Lunatic asylums Punjab 1881-1894 - 1881-1894
Year: 1881
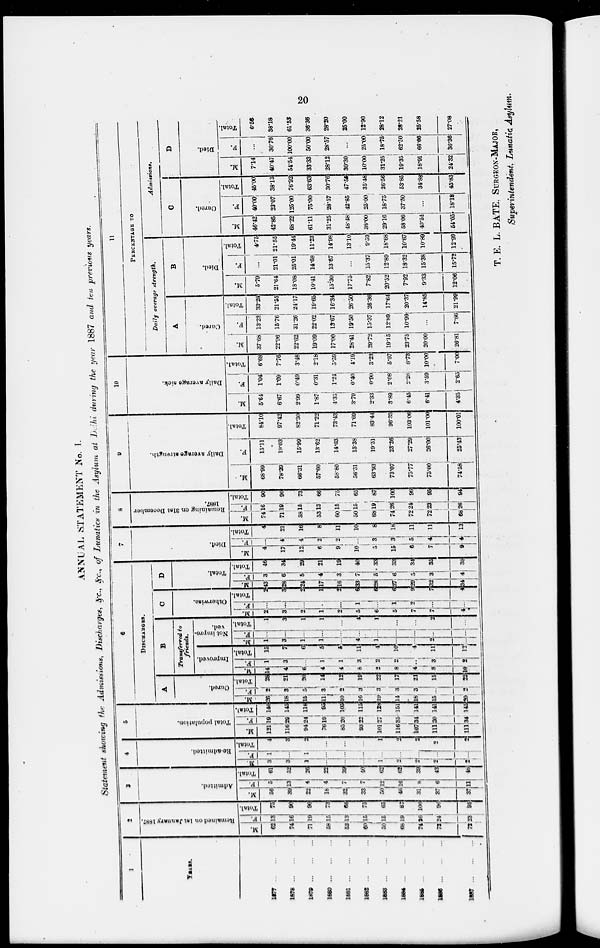
ANNUAL STATEMENT No. I.
Statement showing the Admissions, Discharge*, ^*c, jv;., of Lunatics in the Asylum at Delhi during the year 1887 and ten previous years.
1
;
3
4
5
6
7
8
9
10
11
~
00
at
t*;
£ a
■
c
E
"S
c
2
*0
a
<
S
as
2
O
K
c
•a
C
E-i
DIBCHA2GBS.
c
5
a
£
c
o
o
p
i
^>
1
*'
©
*•> - 00
SOD
ita
o
■
o
<c
o
d
>-.
"5
P
M
V
"ee
e
bC
ei
u
e
>
d
'2
P
PKIICKXTJLGE TO
A
B
C
D
P«i7y average strength.
Admitsioiui.
5 u
5
Transferred to
friends.
cc
s
«a
"2
C
A
B
C
D
5
o
c
E
H
6
si
"3
o
P
•8
o
D
i^2
O
P
62
*2
fa g
13 75 56
"2
- f.
5 61
m fa f^i
|
3 1
4 12
fa| H at
26
cE
H
! CH
f
2 28 1
1*
? fa £ s
4 1 15-
;_fei g s
L...
i j
[ 1
fa g IS
*2
•g
* fa EH
3 3 46
4
1* i
fa] EH
S fa
4 7416
H
c
EH
80
S
&-"
ei
C
EH
s fa
i
«a
fa"
*2
o
S
fa
"2
o
g
fa
O
EH
^
fa
"2.
o
L19 140
J...
2 4,
68'98
15-11
84-10
5*64 :
:
1*04
6*68
!
j
37*64= 13-23 33-283 5'79
]
...
4*75 46*42 40*00 45*00 7*14 ... I
6*55
1878
7 \
16 90 391 3 52
n, 5 29 145 18 J J 21 4 3 7 ' * — 3 3
1
...
3 28 6 34 17 4 21
i
7U9| 90
; 1
78-39
19-03
97-42
6'67
lW 7*76 22*96 15*7C : 21*55 21*64 21*01 21*55 42*85 23*07 38*13 40*47 30*76 38*18
1879
1
19 90 22' 4 26 1 I
2
<
j
94 24 118
:
in . 3 20 fL.. 6 1 ■
1 2
2 24 5 29 12 4 16 5815 73
1 •
66-31
15*99)
82-30
i
2*99
0-49
3*48 22-62 31*26 ! 24-17 18*08 25*01 1944 68*22 125*00 76*92 54*54 100-00 61*5S
1880
58 L5 73
1
lb
J
1 22
;
i
7619 95
;
j
1
111 3 14
1 i
t" 1
5 1
■
—|
1 1
!
117! 4' 21
i
6 2
8
i j
5313 66
i
57*60
13-62
71-22
1*87
1
0*31
2-18 19-09 22'02 19-65 10*41 14*68 11*23 61*11 75*00 63-63 33*33 50*00 36*36
1881
531 11 66 33 * 39 •
852U 105
; :
!
10 2 12 1
:
j
'
" 1. . . . . . ,
1
2 lfc 3 id 9 2i 11 6015 75
I
58-60
1
14-63
73-43
4-35
1*24
5'59 17*00 13*67 16-34 15*30 13*67 14*98 31*25 28*57 30-76 28*12 28*57 28*20
1882
«o!i .5 75 33 ' " 40
9322 115 16 J 19 I » 3 11 4 1 !
!•-
4 5 1
6 33 7 40 10 ... 10
1
5015 65
56-31
15-38
71-69
3*79 0-40
4*19 28*41 19*50 26*50 17*75
13*10 48-4« 42*85 47-ofi 30*30
25*00
1883
/
50.1 5 65 50*11 1
>• 62 1
1
-,
i
10127 126
i ;
' 1
19 3 225 1 2
4 1
!
-
1 6 ...1
6 28
i
5!. 33
|
5 1 3
8 6819j 87
!
63*93
19-51
83-44
2*33
0'90
!
3-23 29*72 15*37 26*36
7*82 15*37
9*59 3S*00
1
25-00; 35-48
i
10-00 25-00 12*90
1684
1
66 1 9 67 46116 62 !
2
;
11635 151 14 3 17 6
1
I 2j loj--- - ... 5 1
6 27
j
61 33 15 3 18 74 26 100
73*07
23-26
96-33
3*89
i
2-08
i
5-97 19*15 12-89! 17*64 20*52 12*89 18*68 29-16 18-75 26*56 31*25 !
• 1
18*75 28*12
18tt ...
74 3 8 100 31 8 oq 9
i
L 2 107 34 141 1 B 3 21 4
1 i .
L. 1 4. ••
!
-
...
4
2:
<i?29 5 34
6
1
si a
i
72 24' 96
i
i
75-77
27*29
103-06
6-45 2-26; 8-73 23*75
1
10'99r 20-37
7*92 18*32 10*67 58-06 37*50 53*85 19*35 62*50 28*21
1886
72 2-
1
37 6 43 2
i
...
111 30 HI 1 5...
i
15 8 S; U 2 -
2 7
7 *W
i
3 35
7
i
4| 11
i 1
7223J 95
1
i
75-00
!
26*00
101-00
1
6*41
1
3-59 10-00 20-00 ...
14*85
9*33 15-38 10*89 40*54 ...
34-88 18*9i:
1
i
l
66-66 25*58
»
1887
72 2' 1 95 37;11 4b 2
2 in; J4 145 2
i
U it
22S10
i
...
4
1 J'
..
4134 4 38
9 4 13
1 1
68 26 94
1
74-58
25*43
100-01
1
4-351 2-65
7-00 26-81
7-86 21*99 12*06 15*72 12*99 54*05i' 18*18 45*83
1
24-32i 36*36 27*08
•1
1
II ii i n i T:
I
i
I
i
i
1 1
•
i
bo
o
T. E. L. BATE. SURGEON-MAJOR,
Superintendent Lunatic Asylum.